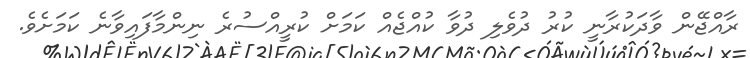
ރާއްޖޭން ވާދަކުރާނީ ކުރު ދުވެލި ދުވާ ކުއްޖެއް ކަމަށް ކުރީއްސުރެ ނިންމާފައިވާނެ ކަމަށެވެ.